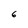
Character: 6